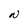
Character: N